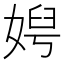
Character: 𡞄